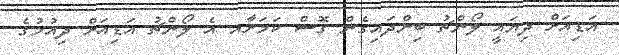
އަޑިއަށް ދިޔައީ ލޯންޗު ބިންދައިގެން ގޮސް ކަމަށާއ އެ ލޯންޗު އަޑިއަށް ދިއުމުގެ